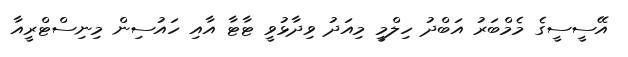
އޭސީސީގެ މެމްބަރު އަބްދު ހިލްމީ މިއަދު ވިދާޅުވީ ޓާޓާ އާއި ހައުސިން މިނިސްޓްރީއާ